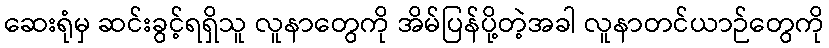
ဆေးရုံမှ ဆင်းခွင့်ရရှိသူ လူနာတွေကို အိမ်ပြန်ပို့တဲ့အခါ လူနာတင်ယာဉ်တွေကို